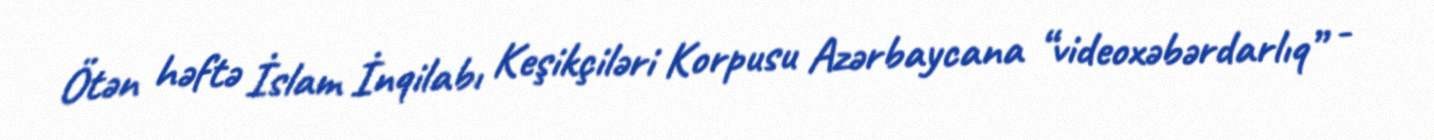
Ötən həftə İslam İnqilabı Keşikçiləri Korpusu Azərbaycana “videoxəbərdarlıq” -